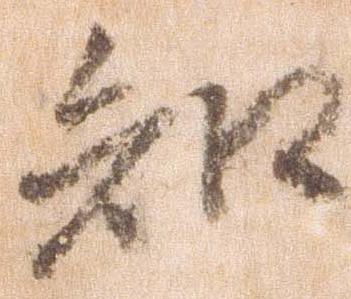
知